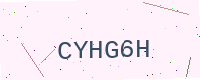
Text: CYHG6H